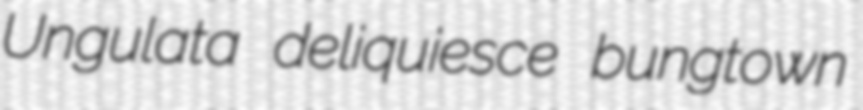
Ungulata deliquiesce bungtown